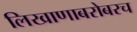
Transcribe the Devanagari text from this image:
लिखाणाबरोबरच